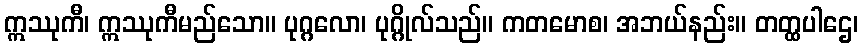
ဣဿုကီ၊ ဣဿုကီမည်သော။ ပုဂ္ဂလော၊ ပုဂ္ဂိုလ်သည်။ ကတမောစ၊ အဘယ်နည်း။ တတ္ထပါဌေ၊